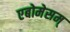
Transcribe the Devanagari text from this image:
एबोमेसम्